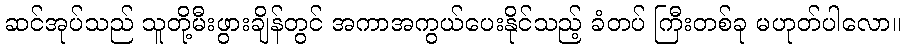
ဆင်အုပ်သည် သူတို့မီးဖွားချိန်တွင် အကာအကွယ်ပေးနိုင်သည့် ခံတပ် ကြီးတစ်ခု မဟုတ်ပါလော။